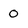
Character: 0